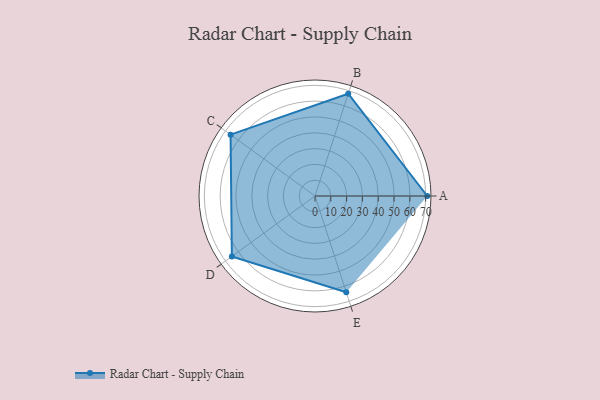
{"axis": {"x": "Skill", "y": "Score"}, "legend": ["Profile"], "data": [{"x": "A", "y": 71.0, "type": "Profile"}, {"x": "B", "y": 68.0, "type": "Profile"}, {"x": "C", "y": 66.0, "type": "Profile"}, {"x": "D", "y": 65.0, "type": "Profile"}, {"x": "E", "y": 64.0, "type": "Profile"}]}